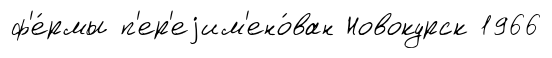
ф'е́рмы п'ер'еjим'ено́ван Новокурск 1966